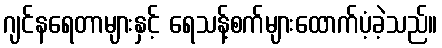
ဂျင်နရေတာများနှင့် ရေသန့်စက်များထောက်ပံ့ခဲ့သည်။